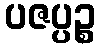
ပဇပ္ပဉ္စ